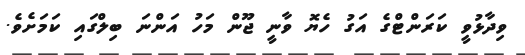
ވިދާޅުވީ ކަރަންޓްގެ އަގު ހެޔޮ ވާނީ ޖޫން މަހު އަންނަ ބިލްގައި ކަމަށެވެ.